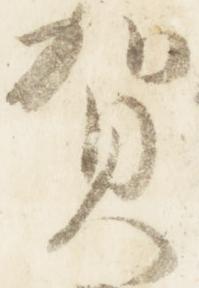
賀